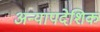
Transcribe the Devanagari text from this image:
अन्यापदेशिक